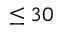
\le 3 0